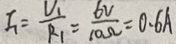
I _ { 1 } = \frac { V _ { 1 } } { R _ { 1 } } = \frac { 6 V } { 1 0 \Omega } = 0 . 6 A